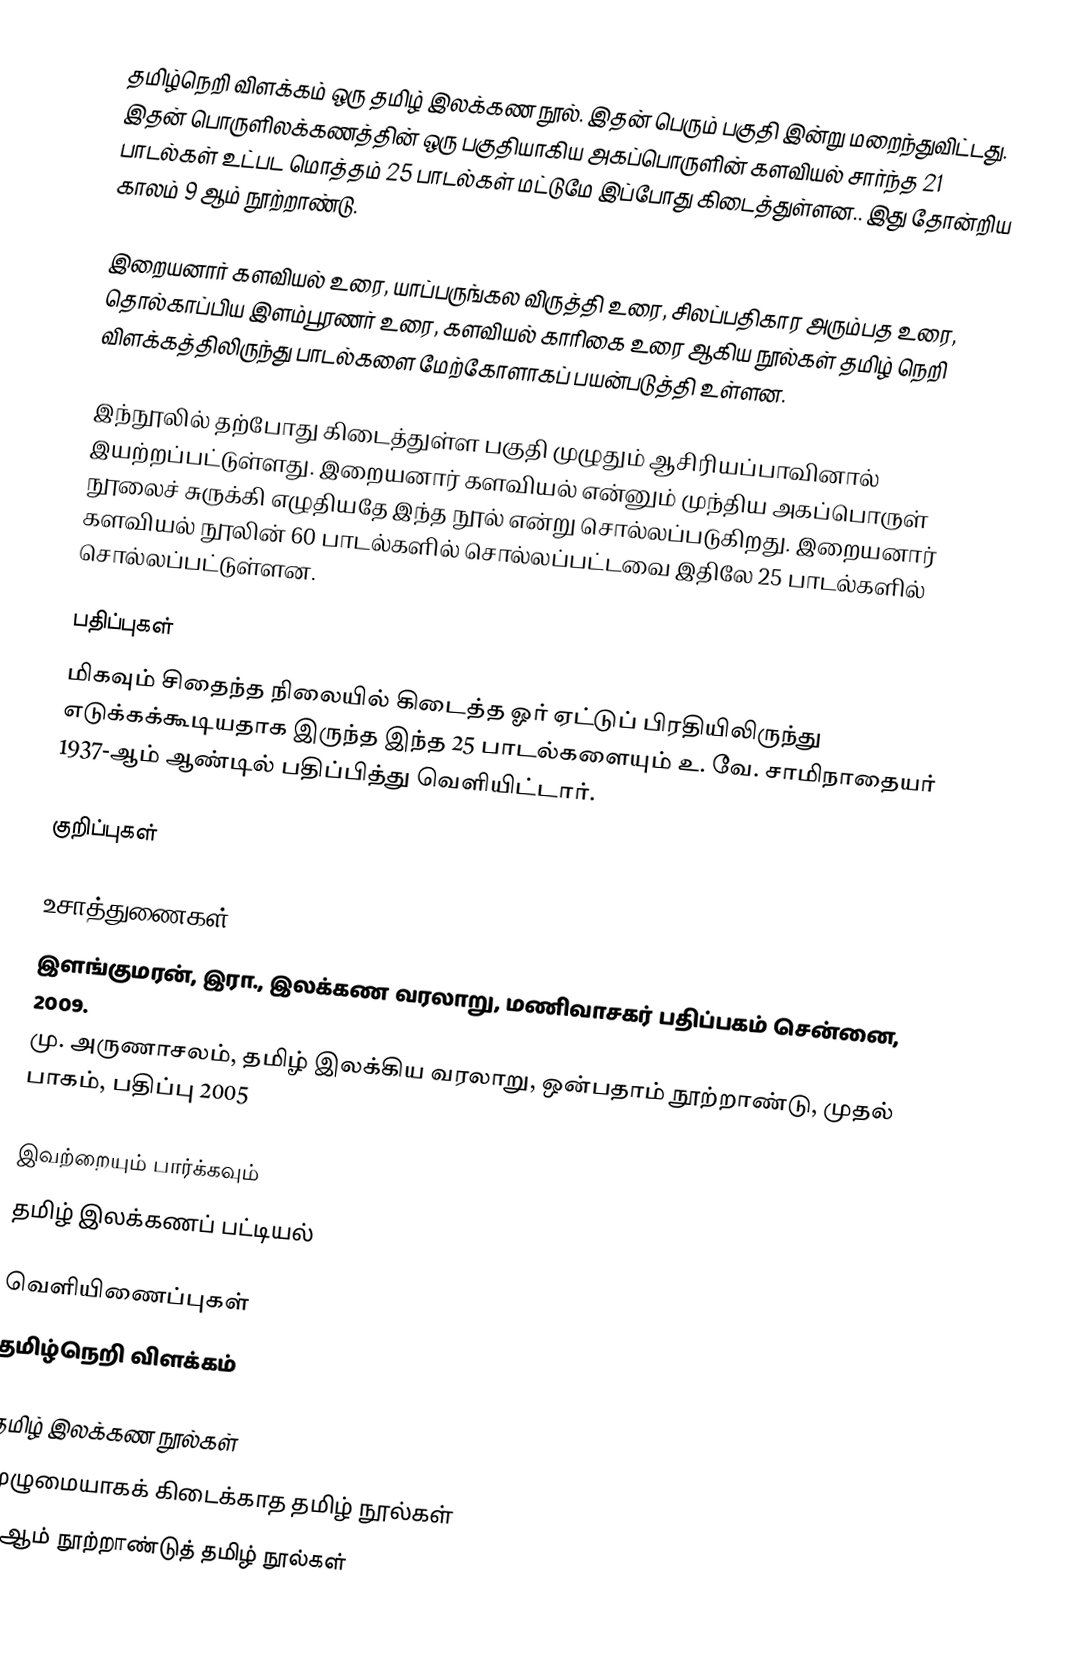
தமிழ்நெறி விளக்கம் ஒரு தமிழ் இலக்கண நூல். இதன் பெரும் பகுதி இன்று மறைந்துவிட்டது. இதன் பொருளிலக்கணத்தின் ஒரு பகுதியாகிய அகப்பொருளின் களவியல் சார்ந்த 21 பாடல்கள் உட்பட மொத்தம் 25 பாடல்கள் மட்டுமே இப்போது கிடைத்துள்ளன.. இது தோன்றிய காலம் 9 ஆம் நூற்றாண்டு.

இறையனார் களவியல் உரை, யாப்பருங்கல விருத்தி உரை, சிலப்பதிகார அரும்பத உரை, தொல்காப்பிய இளம்பூரணர் உரை, களவியல் காரிகை உரை ஆகிய நூல்கள் தமிழ் நெறி விளக்கத்திலிருந்து பாடல்களை மேற்கோளாகப் பயன்படுத்தி உள்ளன.

இந்நூலில் தற்போது கிடைத்துள்ள பகுதி முழுதும் ஆசிரியப்பாவினால் இயற்றப்பட்டுள்ளது. இறையனார் களவியல் என்னும் முந்திய அகப்பொருள் நூலைச் சுருக்கி எழுதியதே இந்த நூல் என்று சொல்லப்படுகிறது. இறையனார் களவியல் நூலின் 60 பாடல்களில் சொல்லப்பட்டவை இதிலே 25 பாடல்களில் சொல்லப்பட்டுள்ளன.

பதிப்புகள்
மிகவும் சிதைந்த நிலையில் கிடைத்த ஓர் ஏட்டுப் பிரதியிலிருந்து எடுக்கக்கூடியதாக இருந்த இந்த 25 பாடல்களையும் உ. வே. சாமிநாதையர் 1937-ஆம் ஆண்டில் பதிப்பித்து வெளியிட்டார்.

குறிப்புகள்

உசாத்துணைகள்
 இளங்குமரன், இரா., இலக்கண வரலாறு, மணிவாசகர் பதிப்பகம் சென்னை, 2009.
மு. அருணாசலம், தமிழ் இலக்கிய வரலாறு, ஒன்பதாம் நூற்றாண்டு, முதல் பாகம், பதிப்பு 2005

இவற்றையும் பார்க்கவும்
 தமிழ் இலக்கணப் பட்டியல்

வெளியிணைப்புகள்
தமிழ்நெறி விளக்கம்

தமிழ் இலக்கண நூல்கள்
முழுமையாகக் கிடைக்காத தமிழ் நூல்கள்
9 ஆம் நூற்றாண்டுத் தமிழ் நூல்கள்